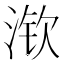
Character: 𱧚